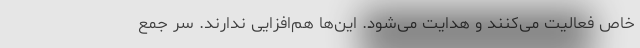
خاص فعالیت می‌کنند و هدایت می‌شود. این‌ها هم‌افزایی ندارند. سر جمع